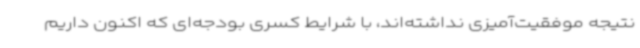
نتیجه موفقیت‌آمیزی نداشته‌اند، با شرایط کسری بودجه‌ای که اکنون داریم